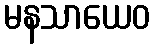
မနသာယေဝ